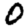
Digit: 0